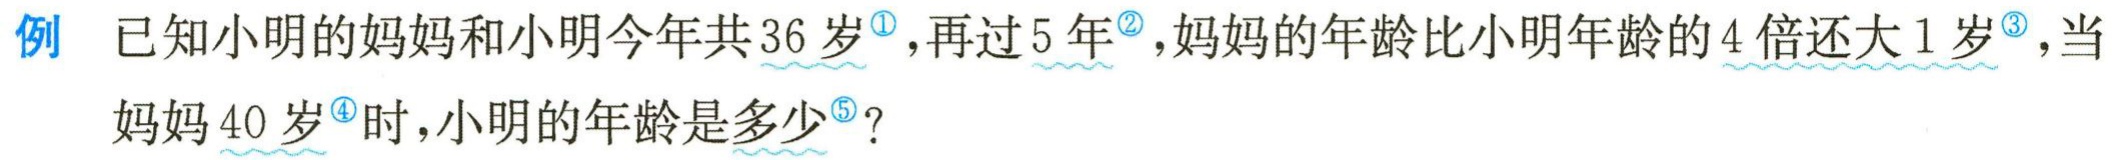
例 已知小明的妈妈和小明今年共36岁<sup>\textcircled{1}</sup>，再过5年<sup>\textcircled{2}</sup>，妈妈的年龄比小明年龄的4倍还大1岁<sup>\textcircled{3}</sup>，当妈妈40岁<sup>\textcircled{4}</sup>时，小明的年龄是多少<sup>\textcircled{5}</sup>？